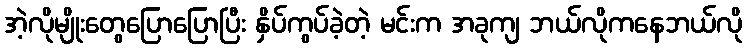
အဲ့လိုမျိုးတွေပြောပြောပြီး နှိပ်ကွပ်ခဲ့တဲ့ မင်းက အခုကျ ဘယ်လိုကနေဘယ်လို